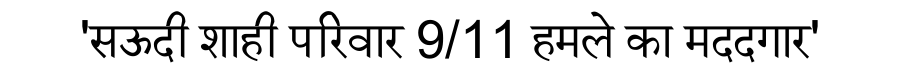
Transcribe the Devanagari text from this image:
'सऊदी शाही परिवार 9/11 हमले का मददगार'